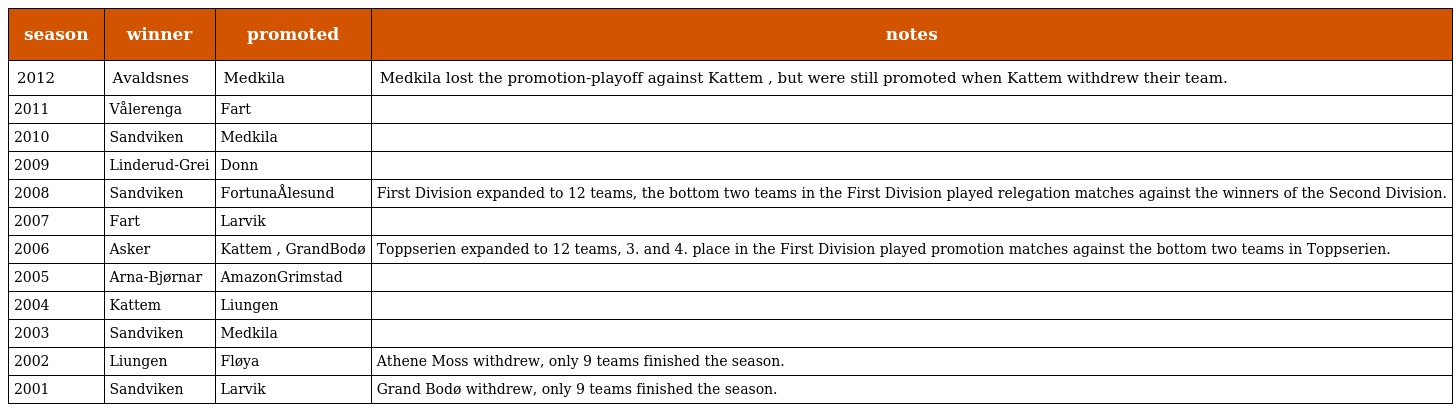
| season | winner | promoted | notes |
 | --- | --- | --- | --- |
 | 2012 | Avaldsnes | Medkila | Medkila lost the promotion-playoff against Kattem , but were still promoted when Kattem withdrew their team. |
 | 2011 | Vålerenga | Fart |  |
 | 2010 | Sandviken | Medkila |  |
 | 2009 | Linderud-Grei | Donn |  |
 | 2008 | Sandviken | FortunaÅlesund | First Division expanded to 12 teams, the bottom two teams in the First Division played relegation matches against the winners of the Second Division. |
 | 2007 | Fart | Larvik |  |
 | 2006 | Asker | Kattem , GrandBodø | Toppserien expanded to 12 teams, 3. and 4. place in the First Division played promotion matches against the bottom two teams in Toppserien. |
 | 2005 | Arna-Bjørnar | AmazonGrimstad |  |
 | 2004 | Kattem | Liungen |  |
 | 2003 | Sandviken | Medkila |  |
 | 2002 | Liungen | Fløya | Athene Moss withdrew, only 9 teams finished the season. |
 | 2001 | Sandviken | Larvik | Grand Bodø withdrew, only 9 teams finished the season. |